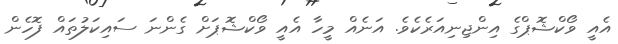
އެއީ ވޯކްޝޮޕްގެ އިންޖިނިއަރެކެވެ. އަނެއް މީހާ އެއީ ވޯކްޝޮޕަށް ގެންނަ ސައިކަލުތައް ފޮހެން